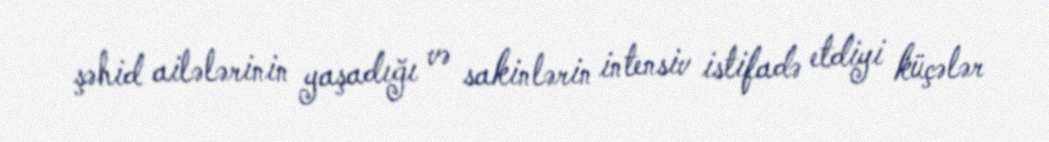
şəhid ailələrinin yaşadığı və sakinlərin intensiv istifadə etdiyi küçələr